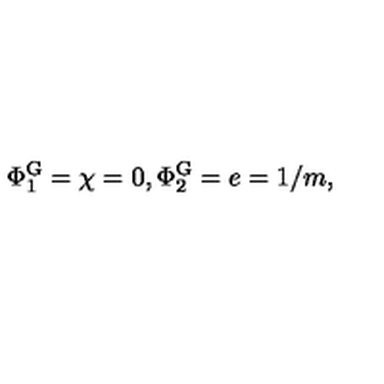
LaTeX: \Phi _ { 1 } ^ { \mathrm { G } } = \chi = 0 , \Phi _ { 2 } ^ { \mathrm { G } } = e = 1 / m ,